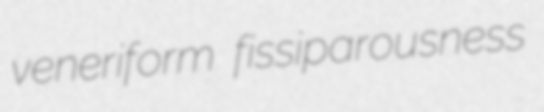
veneriform fissiparousness